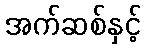
အက်ဆစ်နှင့်